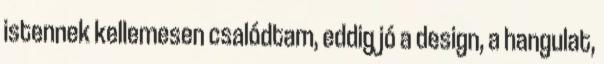
istennek kellemesen csalódtam, eddig jó a design, a hangulat,